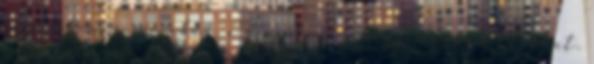
elméjében, a szívében, a szájában és a gyomrában történt.